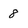
Character: 8